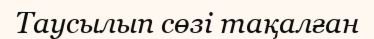
Таусылып сөзі тақалған